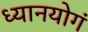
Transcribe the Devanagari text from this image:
ध्यानयोगं